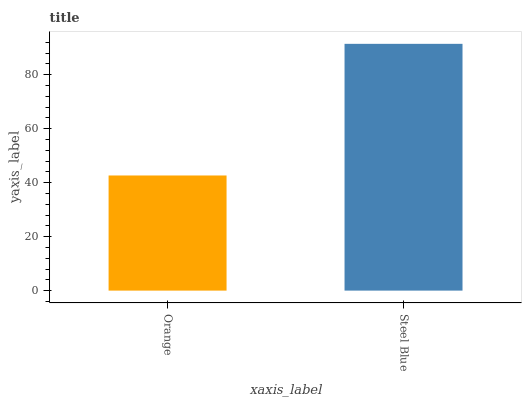
| xaxis_label | bars |
 | --- | --- |
 | Orange | 42.6 |
 | Steel Blue | 91.4 |